Report on sanitation, dispensaries, and jails in Rajputana for 1910, and on vaccination for the year 1910-1911 - 1910-1911
Year: 1910
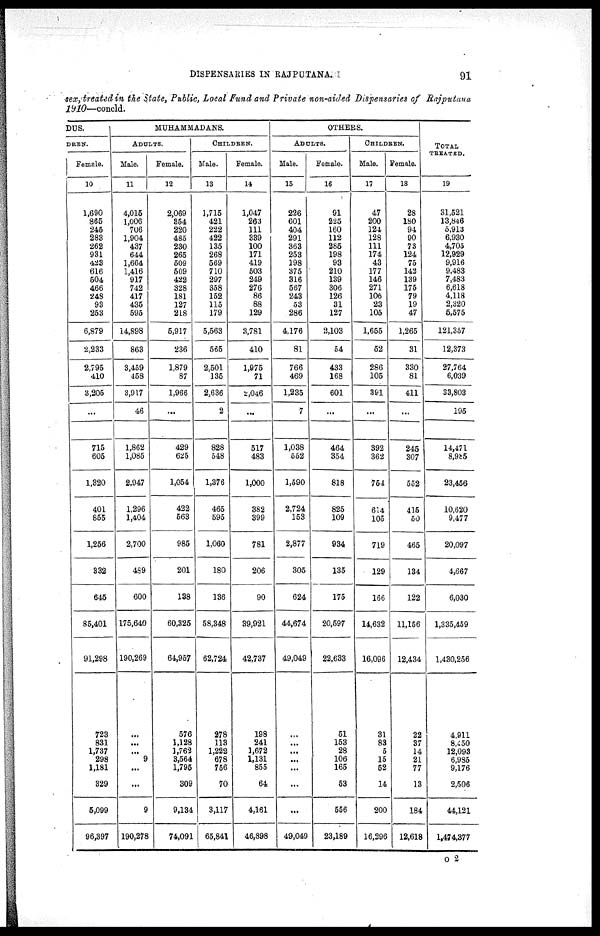
DISPENSARIES IN RAJPUTANA.
91
sex, treated in the State, Public, Local Fund and Private non-aided Dispensaries of Rajputana
1910—concld.
DUS.
DREN.
Female.
10
1,690
865
245
283
262
931
423
616
504
466
248
93
253
6,879
2,233
2,795
410
3,205
...
715
605
1,320
401
855
1,256
332
645
85,401
91,298
723
831
1,737
298
1,181
329
5,099
96,397
MUHAMMADANS.
ADULTS.
Male.
11
4,015
1,006
706
1,904
437
644
1,664
1,416
917
742
417
435
595
14,898
863
3,459
458
3,917
46
1,862
1,085
2,947
1,296
1,404
2,700
489
600
175,640
190,269
...
...
...
9
...
...
9
190,278
Female.
12
2,069
354
220
485
230
265
509
509
422
328
181
127
218
5,917
236
1,879
87
1,966
...
429
625
1,054
422
563
985
201
138
60,325
64,957
576
1,128
3,762
3,564
1,795
309
9,134
74,091
CHILDREN.
Male.
13
1,715
421
222
422
135
268
569
710
297
358
152
115
179
5,563
565
2,501
135
2,636
2
828
548
1,376
465
595
1,060
180
136
58,348
62,724
278
113
1,222
678
756
70
3,117
65,841
Female.
14
1,047
263
111
339
100
171
419
503
249
276
86
88
129
3,781
410
1,975
71
2,046
...
517
483
1,000
382
399
781
206
90
39,921
42,737
198
241
1,672
1,131
855
64
4,161
46,898
OTHERS.
ADULTS.
Male.
15
226
601
404
291
363
253
198
375
316
567
243
53
286
4,176
81
766
469
1,235
7
1,038
552
1,590
2,724
153
2,877
305
624
44,674
49,049
...
...
...
...
...
...
...
49,049
Female.
16
91
225
160
112
285
198
93
210
139
306
126
31
127
2,103
54
433
168
601
...
464
354
818
825
109
934
135
175
20,597
22,633
51
153
28
106
165
53
556
23,189
CHILDREN.
Male.
17
47
200
124
128
111
174
43
177
146
271
106
23
105
1,655
52
286
105
391
...
392
362
754
614
105
719
129
166
14,632
16,096
31
83
5
15
52
14
200
16,296
Female.
18
28
180
94
90
73
124
75
142
139
175
79
19
47
1,265
31
330
81
411
...
245
307
552
415
50
465
134
122
11,156
12,434
22
37
14
21
77
13
184
12,618
TOTAL
TREATED.
19
31,521
13,846
5,913
6,930
4,705
12,929
9,916
9,483
7,483
6,618
4,118
2,320
5,575
121,357
12,373
27,764
6,039
33,803
195
14,471
8,985
23,456
10,620
9,477
20,097
4,667
6,030
1,335,459
1,430,256
4,911
8,450
12,093
6,985
9,176
2,506
44,121
1,474,377
O 2